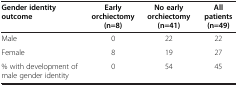
<table><thead><tr><td><b>Gender identity outcome</b></td><td><b>Early orchiectomy (n=8)</b></td><td><b>No early orchiectomy (n=41)</b></td><td><b>All patients (n=49)</b></td></tr></thead><tbody><tr><td>Male</td><td>0</td><td>22</td><td>22</td></tr><tr><td>Female</td><td>8</td><td>19</td><td>27</td></tr><tr><td>% with development of male gender identity</td><td>0</td><td>54</td><td>45</td></tr></tbody></table>